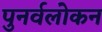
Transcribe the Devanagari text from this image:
पुनर्वलोकन